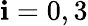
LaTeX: \mathbf{i}=0,3